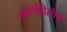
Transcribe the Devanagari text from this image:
कवणेविसीं॥